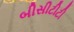
બીસીટીટી